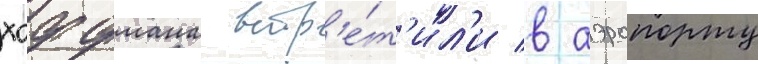
хоффмана встр'е́т'ил'и в аэропорту